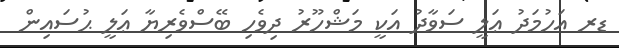
ޑރ އަހުމަދު ޢަލީ ސަވާދު އަކީ މަޝްހޫރު ދިވެހި ބޭސްވެރިޔާ ޢަލީ ޙުސައިން